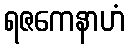
ရဇကေနာဟံ